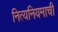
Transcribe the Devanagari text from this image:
नित्यनियमाची